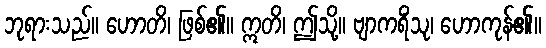
ဘုရားသည်။ ဟောတိ၊ ဖြစ်၏။ ဣတိ၊ ဤသို့။ ဗျာကရိံသု၊ ဟောကုန်၏။